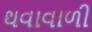
થવાવાળી